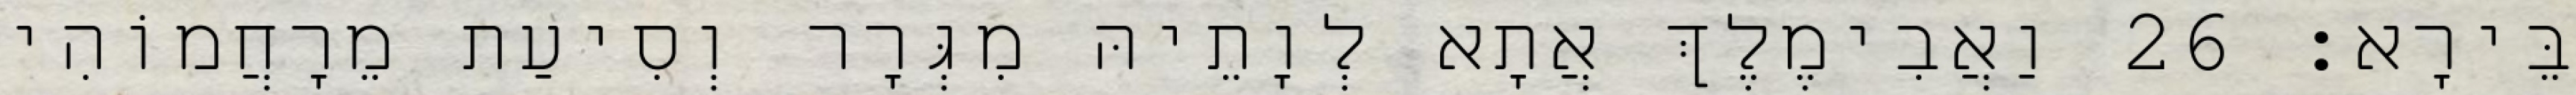
בֵּירָא׃ 26 וַאֲבִימֶלֶךְ אֲתָא לְוָתֵיהּ מִגְּרָר וְסִיעַת מֵרָחֲמוֹהִי